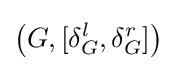
\left(G,[\delta _{G}^{l},\delta _{G}^{r}]\right)